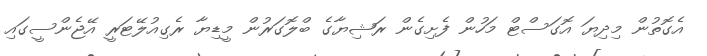
އެގޮތުން މިދިޔަ އޮގަސްޓް މަހުން ފެށިގެން ރަޝިޔާގެ ބްލޮގަރުން މީޑިޔާ ރެގިއުލޭޓަރީ އޭޖެންސީގައި